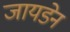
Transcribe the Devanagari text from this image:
जायडेन